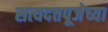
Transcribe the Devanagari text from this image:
सत्यदत्तपूजेच्या